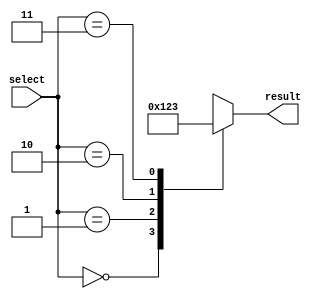
module full_case_statement (
  input wire [1:0] select,
  output reg [3:0] result
);

always @ (*) begin
  case (select)
    2'b00: result = 4'b0000; // Case when select is 00
    2'b01: result = 4'b0001; // Case when select is 01
    2'b10: result = 4'b0010; // Case when select is 10
    2'b11: result = 4'b0011; // Case when select is 11
    default: result = 4'b1111; // Default case
  endcase
end

endmodule